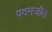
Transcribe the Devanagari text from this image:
पदमजीत